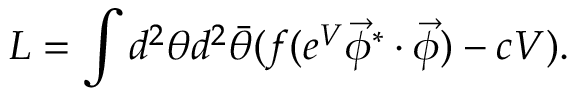
{ \cal L } = \int d ^ { 2 } \theta d ^ { 2 } \bar { \theta } ( f ( e ^ { V } \vec { \phi } ^ { * } \cdot \vec { \phi } ) - c V ) .